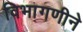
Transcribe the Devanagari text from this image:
विभागणीने